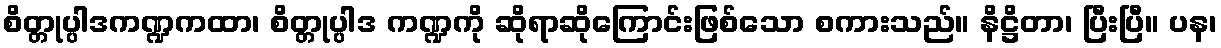
စိတ္တုပ္ပါဒကဏ္ဍကထာ၊ စိတ္တုပ္ပါဒ ကဏ္ဍကို ဆိုရာဆိုကြောင်းဖြစ်သော စကားသည်။ နိဋ္ဌိတာ၊ ပြီးပြီ။ ပန၊